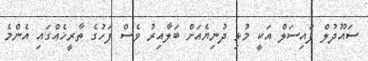
ސައޫދުލް ފައިސަލް އަކީ މުޅި ދުނިޔެއަށް ބަލާއިރު ވެސް ފަހުގެ ތާރީޚެއްގައި އެންމެ